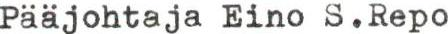
Pääjohtaja Eino S.Repo